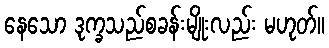
နေသော ဒုက္ခသည်စခန်းမျိုးလည်း မဟုတ်။